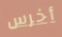
أخرس